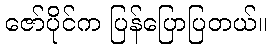
ဇော်ပိုင်က ပြန်ပြောပြတယ်။